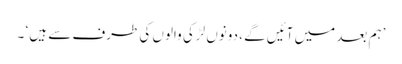
’ہم بعد میں آئیں گے ، دونوں لڑکی والوں کی طرف سے ہیں ‘ ۔